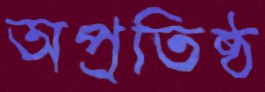
অপ্রতিষ্ঠ